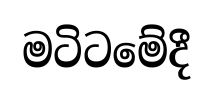
මටිටමේදී